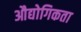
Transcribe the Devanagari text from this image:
औद्योगिकता